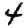
Digit: 4